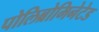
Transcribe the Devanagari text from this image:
पोलिब्रोमिनेटेड